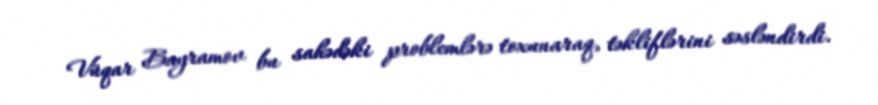
Vüqar Bayramov bu sahədəki problemlərə toxunaraq, təkliflərini səsləndirdi.